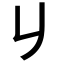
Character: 𠂈